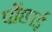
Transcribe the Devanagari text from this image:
पोंछाई